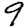
Digit: 9